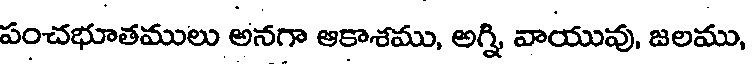
పంచభూతములు అనగా ఆకాశము, అగ్ని వాయువు, జలము,